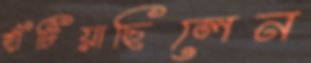
হাঁটিয়াছিলেন